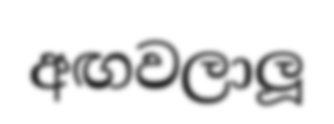
අඟවලාලූ